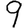
Digit: 9